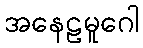
အနေဠမူဂေါ